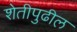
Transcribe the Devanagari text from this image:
शेतीपुढील